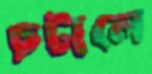
চটালে